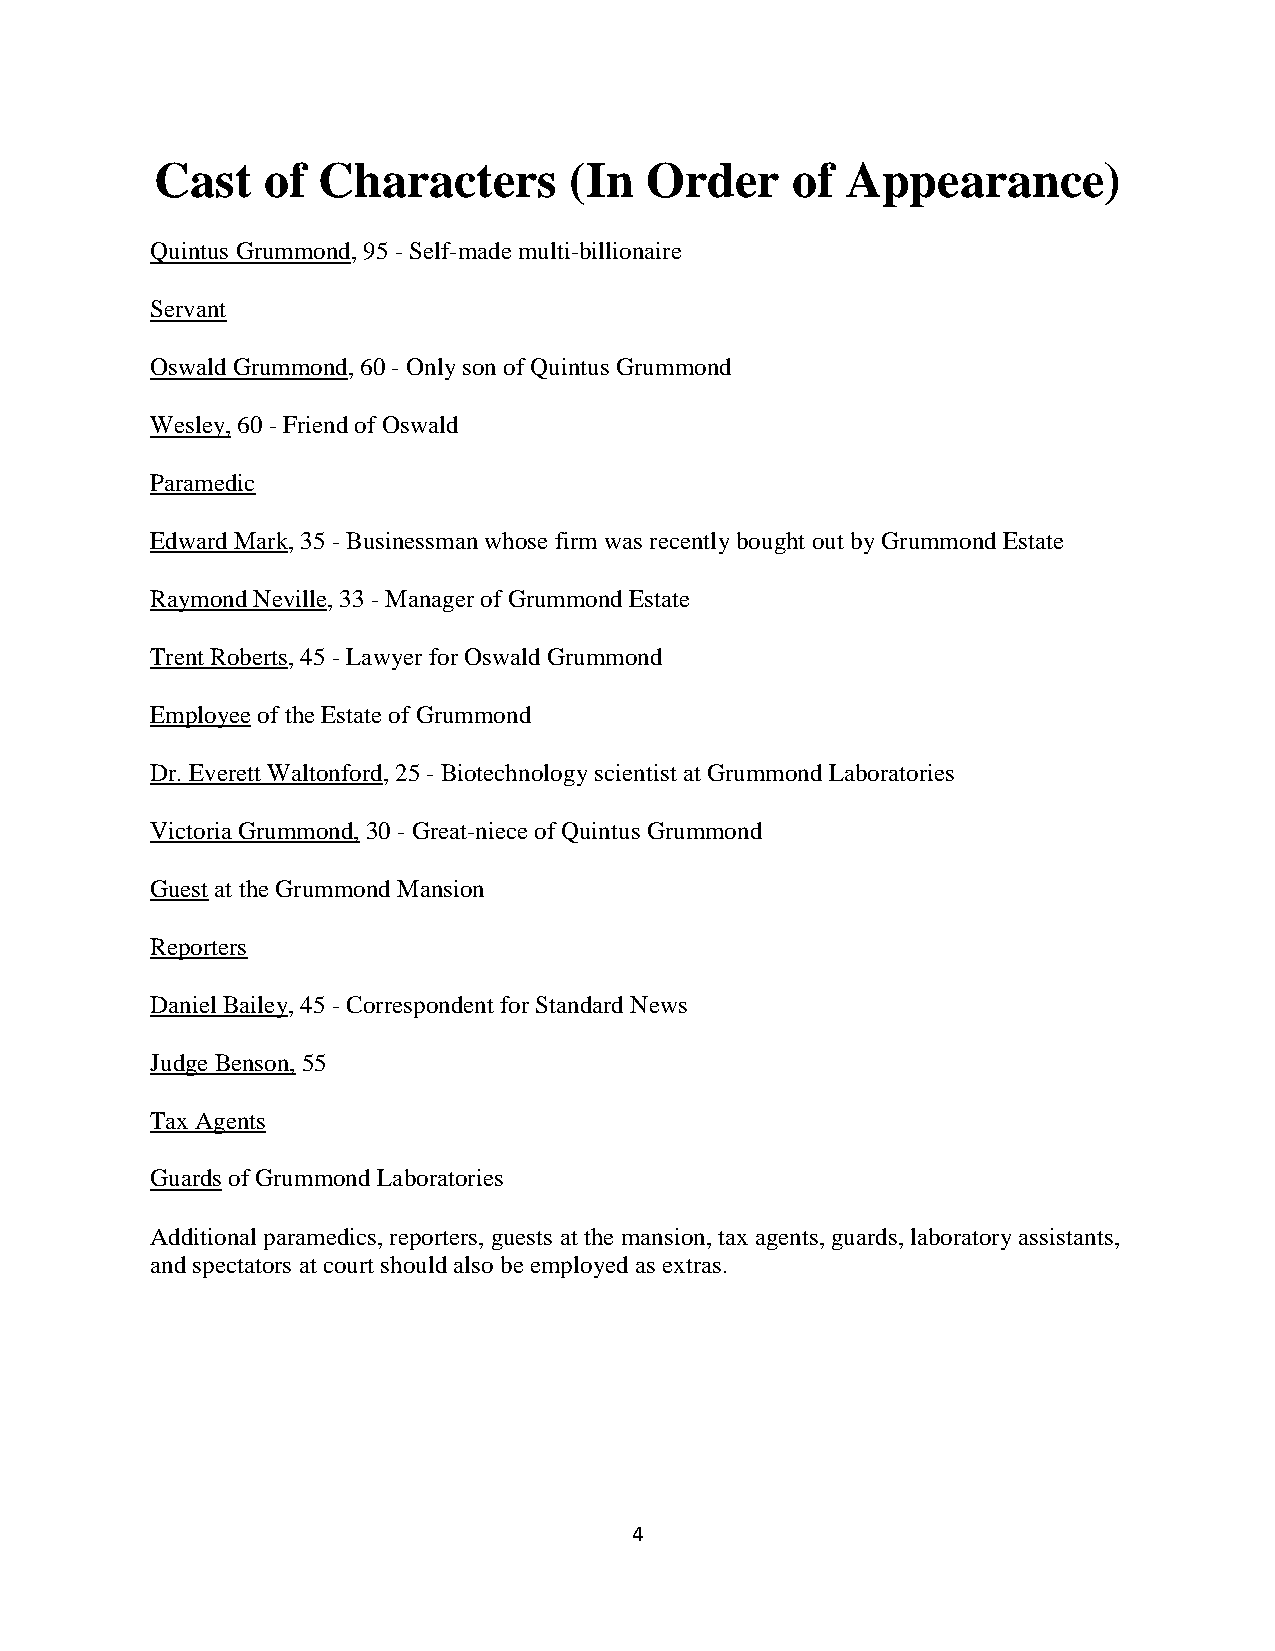
Cast   of  Characters       (In  Order    of  Appearance)
 Quintus Grummond, 95 - Self-made multi-billionaire
 Servant
 Oswald Grummond, 60 - Only son of Quintus Grummond
 Wesley, 60 - Friend of Oswald
 Paramedic
 Edward Mark, 35 - Businessman whose firm was recently bought out by Grummond Estate
 Raymond Neville, 33 - Manager of Grummond Estate
 Trent Roberts, 45 - Lawyer for Oswald Grummond
 Employee of the Estate of Grummond
 Dr. Everett Waltonford, 25 - Biotechnology scientist at Grummond Laboratories
 Victoria Grummond, 30 - Great-niece of Quintus Grummond
 Guest at the Grummond Mansion
 Reporters
 Daniel Bailey, 45 - Correspondent for Standard News
 Judge Benson, 55
 Tax Agents
 Guards of Grummond Laboratories
 Additional paramedics, reporters, guests at the mansion, tax agents, guards, laboratory assistants,
 and spectators at court should also be employed as extras.
 4